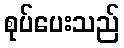
စုပ်ပေးသည်